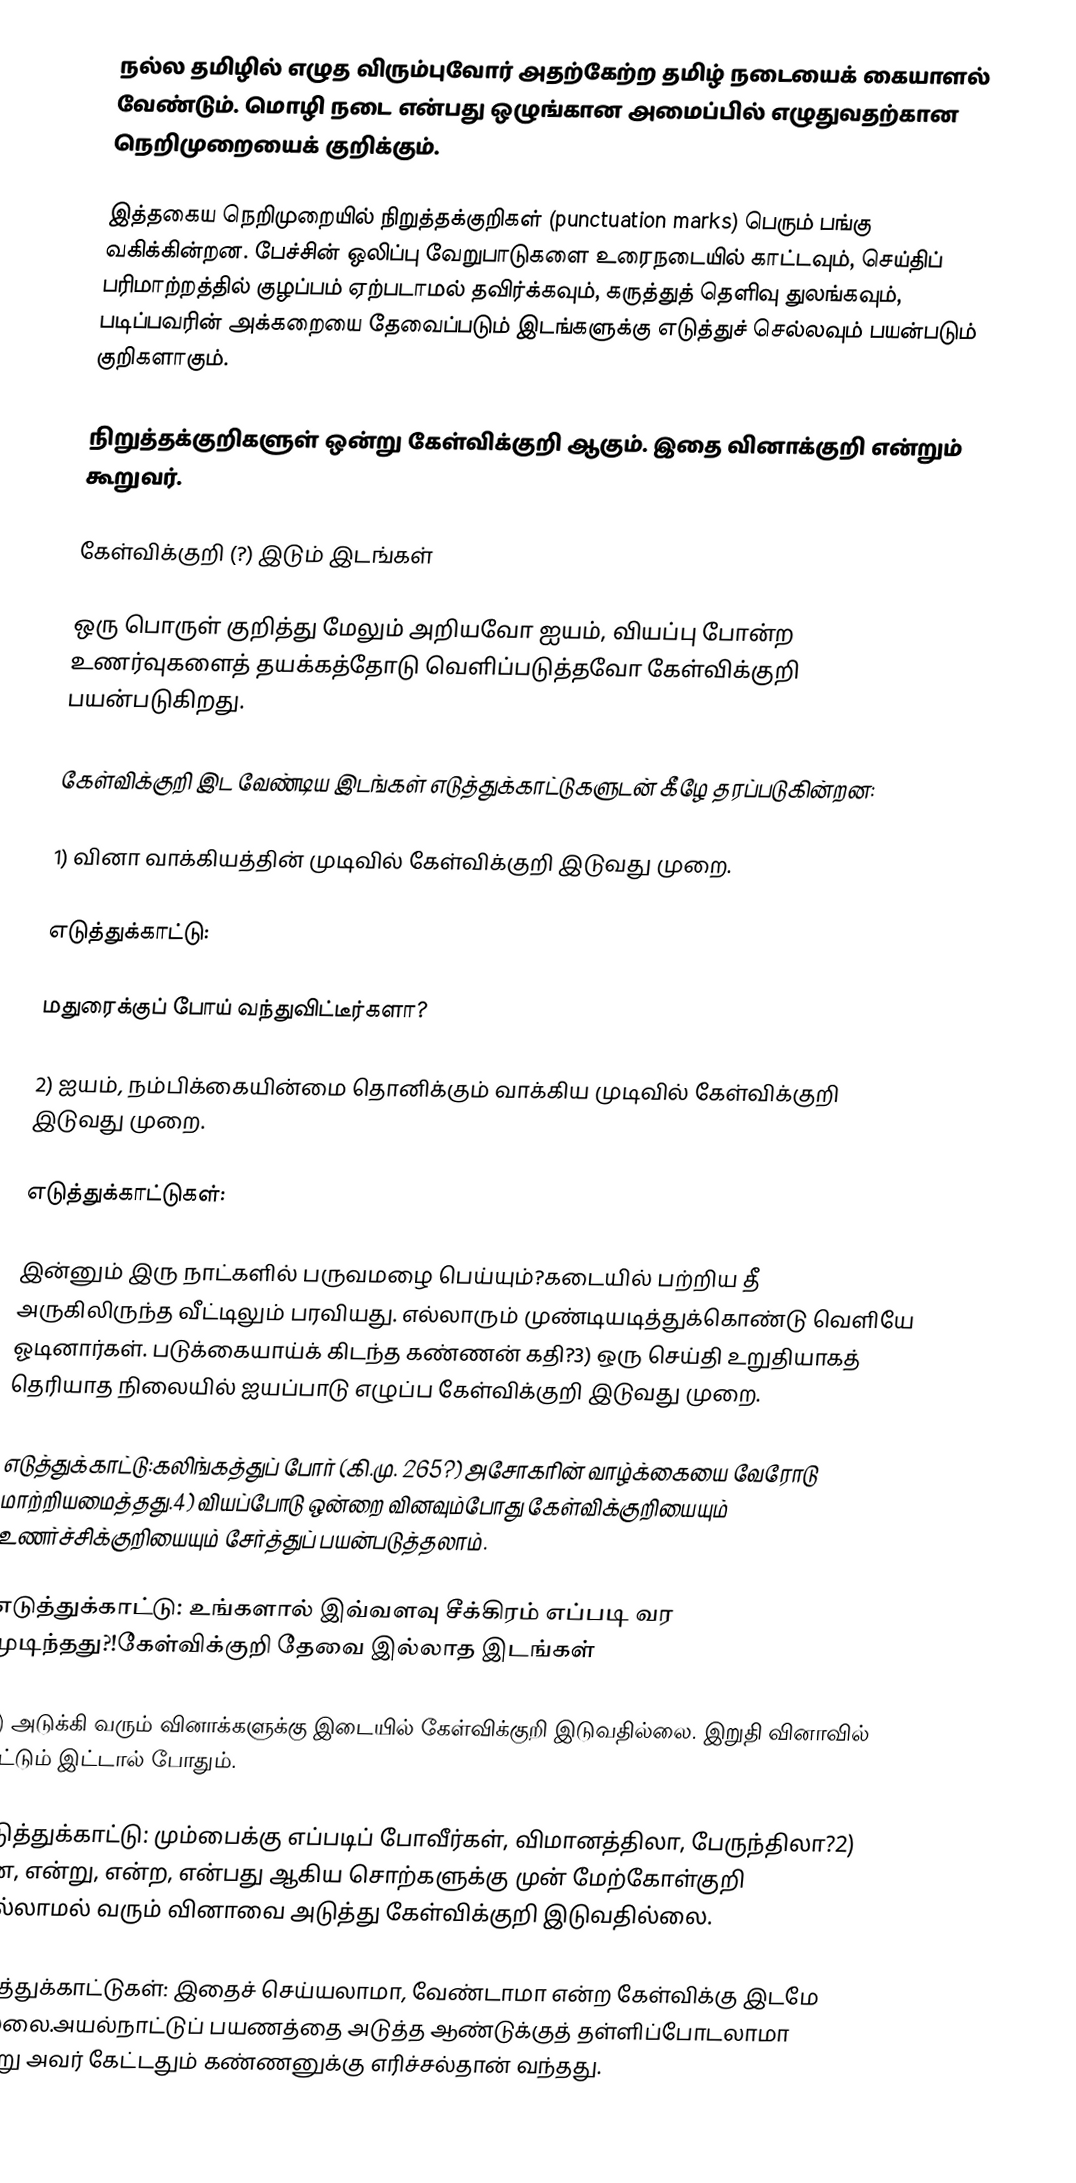
நல்ல தமிழில் எழுத விரும்புவோர் அதற்கேற்ற தமிழ் நடையைக் கையாளல் வேண்டும். மொழி நடை என்பது ஒழுங்கான அமைப்பில் எழுதுவதற்கான நெறிமுறையைக் குறிக்கும்.

இத்தகைய நெறிமுறையில்  நிறுத்தக்குறிகள் (punctuation marks) பெரும் பங்கு வகிக்கின்றன. பேச்சின் ஒலிப்பு வேறுபாடுகளை உரைநடையில் காட்டவும், செய்திப் பரிமாற்றத்தில் குழப்பம் ஏற்படாமல் தவிர்க்கவும், கருத்துத் தெளிவு துலங்கவும், படிப்பவரின் அக்கறையை தேவைப்படும் இடங்களுக்கு எடுத்துச் செல்லவும் பயன்படும் குறிகளாகும்.

நிறுத்தக்குறிகளுள் ஒன்று கேள்விக்குறி ஆகும். இதை வினாக்குறி என்றும் கூறுவர்.

கேள்விக்குறி (?) இடும் இடங்கள்

ஒரு பொருள் குறித்து மேலும் அறியவோ ஐயம், வியப்பு போன்ற உணர்வுகளைத் தயக்கத்தோடு வெளிப்படுத்தவோ கேள்விக்குறி பயன்படுகிறது.

கேள்விக்குறி இட வேண்டிய இடங்கள் எடுத்துக்காட்டுகளுடன் கீழே தரப்படுகின்றன:

1) வினா வாக்கியத்தின் முடிவில் கேள்விக்குறி இடுவது முறை.

எடுத்துக்காட்டு:

மதுரைக்குப் போய் வந்துவிட்டீர்களா?

2) ஐயம், நம்பிக்கையின்மை தொனிக்கும் வாக்கிய முடிவில் கேள்விக்குறி இடுவது முறை.

எடுத்துக்காட்டுகள்:

இன்னும் இரு நாட்களில் பருவமழை பெய்யும்?கடையில் பற்றிய தீ அருகிலிருந்த வீட்டிலும் பரவியது. எல்லாரும் முண்டியடித்துக்கொண்டு வெளியே ஓடினார்கள். படுக்கையாய்க் கிடந்த கண்ணன் கதி?3) ஒரு செய்தி உறுதியாகத் தெரியாத நிலையில் ஐயப்பாடு எழுப்ப கேள்விக்குறி இடுவது முறை.

எடுத்துக்காட்டு:கலிங்கத்துப் போர் (கி.மு. 265?) அசோகரின் வாழ்க்கையை வேரோடு மாற்றியமைத்தது.4) வியப்போடு ஒன்றை வினவும்போது கேள்விக்குறியையும் உணர்ச்சிக்குறியையும் சேர்த்துப் பயன்படுத்தலாம்.

எடுத்துக்காட்டு: உங்களால் இவ்வளவு சீக்கிரம் எப்படி வர முடிந்தது?!கேள்விக்குறி தேவை இல்லாத இடங்கள்

1) அடுக்கி வரும் வினாக்களுக்கு இடையில் கேள்விக்குறி இடுவதில்லை. இறுதி வினாவில் மட்டும் இட்டால் போதும்.

எடுத்துக்காட்டு: மும்பைக்கு எப்படிப் போவீர்கள், விமானத்திலா, பேருந்திலா?2) என, என்று, என்ற, என்பது ஆகிய சொற்களுக்கு முன் மேற்கோள்குறி இல்லாமல் வரும் வினாவை அடுத்து கேள்விக்குறி இடுவதில்லை.

எடுத்துக்காட்டுகள்: இதைச் செய்யலாமா, வேண்டாமா என்ற கேள்விக்கு இடமே இல்லை.அயல்நாட்டுப் பயணத்தை அடுத்த ஆண்டுக்குத் தள்ளிப்போடலாமா என்று அவர் கேட்டதும் கண்ணனுக்கு எரிச்சல்தான் வந்தது.